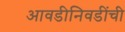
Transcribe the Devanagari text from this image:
आवडीनिवडींची